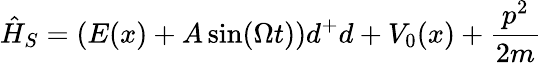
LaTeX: \hat{H}_{S}=(E(x)+A\sin(\Omega t))d^{+}d+V_{0}(x)+\frac{p^{2}}{2m}